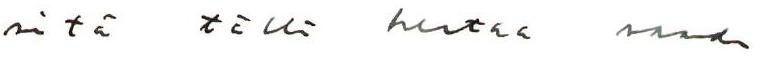
sitä tällä kertaa saada